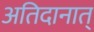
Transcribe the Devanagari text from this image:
अतिदानात्